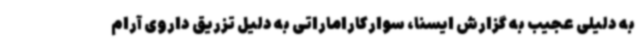
به دلیلی عجیب به گزارش ایسنا، سوارکاراماراتی به دلیل تزریق داروی آرام